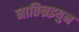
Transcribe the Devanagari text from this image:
नातिन्रइयुन